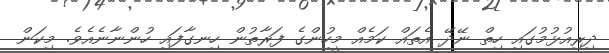
ދިރިއުޅުމުގައި ހިތް ނޭދޭ އެތައް ކަމެއް މީހުންގެ ފަރާތުން ހިނގާފައި ހުންނާނެއެވެ. މިކަން